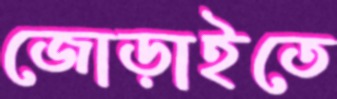
জোড়াইতে